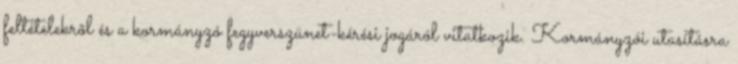
feltételekrõl és a kormányzó fegyverszünet-kérési jogáról vitatkozik. Kormányzói utasításra